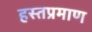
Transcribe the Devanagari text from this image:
हस्तप्रमाण